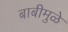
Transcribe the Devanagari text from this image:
बाबीमुळे